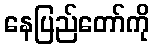
နေပြည်တော်ကို